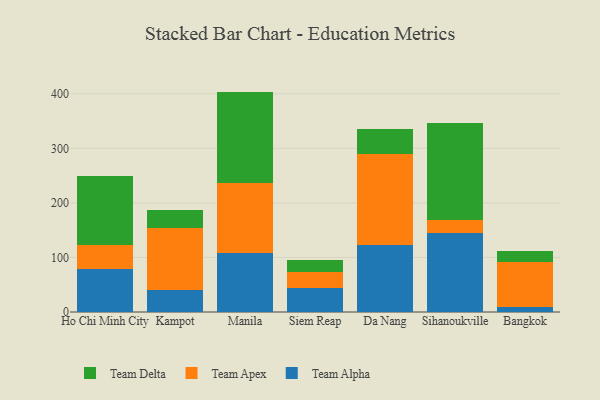
{"axis": {"x": "City", "y": "Latency (ms)"}, "legend": ["Team Alpha", "Team Apex", "Team Delta"], "data": [{"x": "Ho Chi Minh City", "y": 79.4, "type": "Team Alpha"}, {"x": "Ho Chi Minh City", "y": 42.7, "type": "Team Apex"}, {"x": "Ho Chi Minh City", "y": 127.2, "type": "Team Delta"}, {"x": "Kampot", "y": 41.0, "type": "Team Alpha"}, {"x": "Kampot", "y": 112.7, "type": "Team Apex"}, {"x": "Kampot", "y": 32.8, "type": "Team Delta"}, {"x": "Manila", "y": 107.5, "type": "Team Alpha"}, {"x": "Manila", "y": 129.0, "type": "Team Apex"}, {"x": "Manila", "y": 167.5, "type": "Team Delta"}, {"x": "Siem Reap", "y": 44.5, "type": "Team Alpha"}, {"x": "Siem Reap", "y": 28.1, "type": "Team Apex"}, {"x": "Siem Reap", "y": 22.6, "type": "Team Delta"}, {"x": "Da Nang", "y": 123.4, "type": "Team Alpha"}, {"x": "Da Nang", "y": 165.9, "type": "Team Apex"}, {"x": "Da Nang", "y": 46.8, "type": "Team Delta"}, {"x": "Sihanoukville", "y": 144.5, "type": "Team Alpha"}, {"x": "Sihanoukville", "y": 23.7, "type": "Team Apex"}, {"x": "Sihanoukville", "y": 178.9, "type": "Team Delta"}, {"x": "Bangkok", "y": 8.7, "type": "Team Alpha"}, {"x": "Bangkok", "y": 82.3, "type": "Team Apex"}, {"x": "Bangkok", "y": 20.0, "type": "Team Delta"}]}